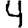
Digit: 4